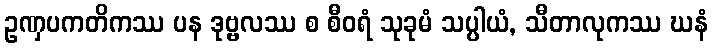
ဥဏှပကတိကဿ ပန ဒုဗ္ဗလဿ စ စီဝရံ သုခုမံ သပ္ပါယံ, သီတာလုကဿ ဃနံ